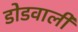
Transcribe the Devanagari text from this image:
डोडवाली